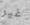
غير